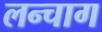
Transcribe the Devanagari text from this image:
लन्चाग